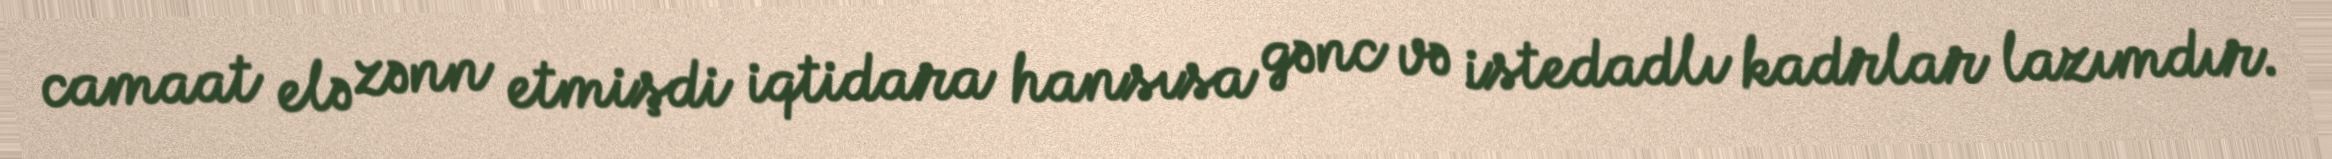
camaat elə zənn etmişdi iqtidara hansısa gənc və istedadlı kadrlar lazımdır.